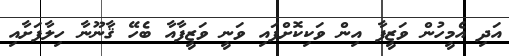
އަދި އެމީހުން ވަޒީފާ އިން ވަކިކޮށްފައި ވަނީ ވަޒީފާއާ ބެހޭ ޤާނޫނާ ހިލާފަށާއި